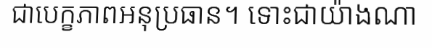
ជាបេក្ខភាពអនុប្រធាន។ ទោះជាយ៉ាងណា